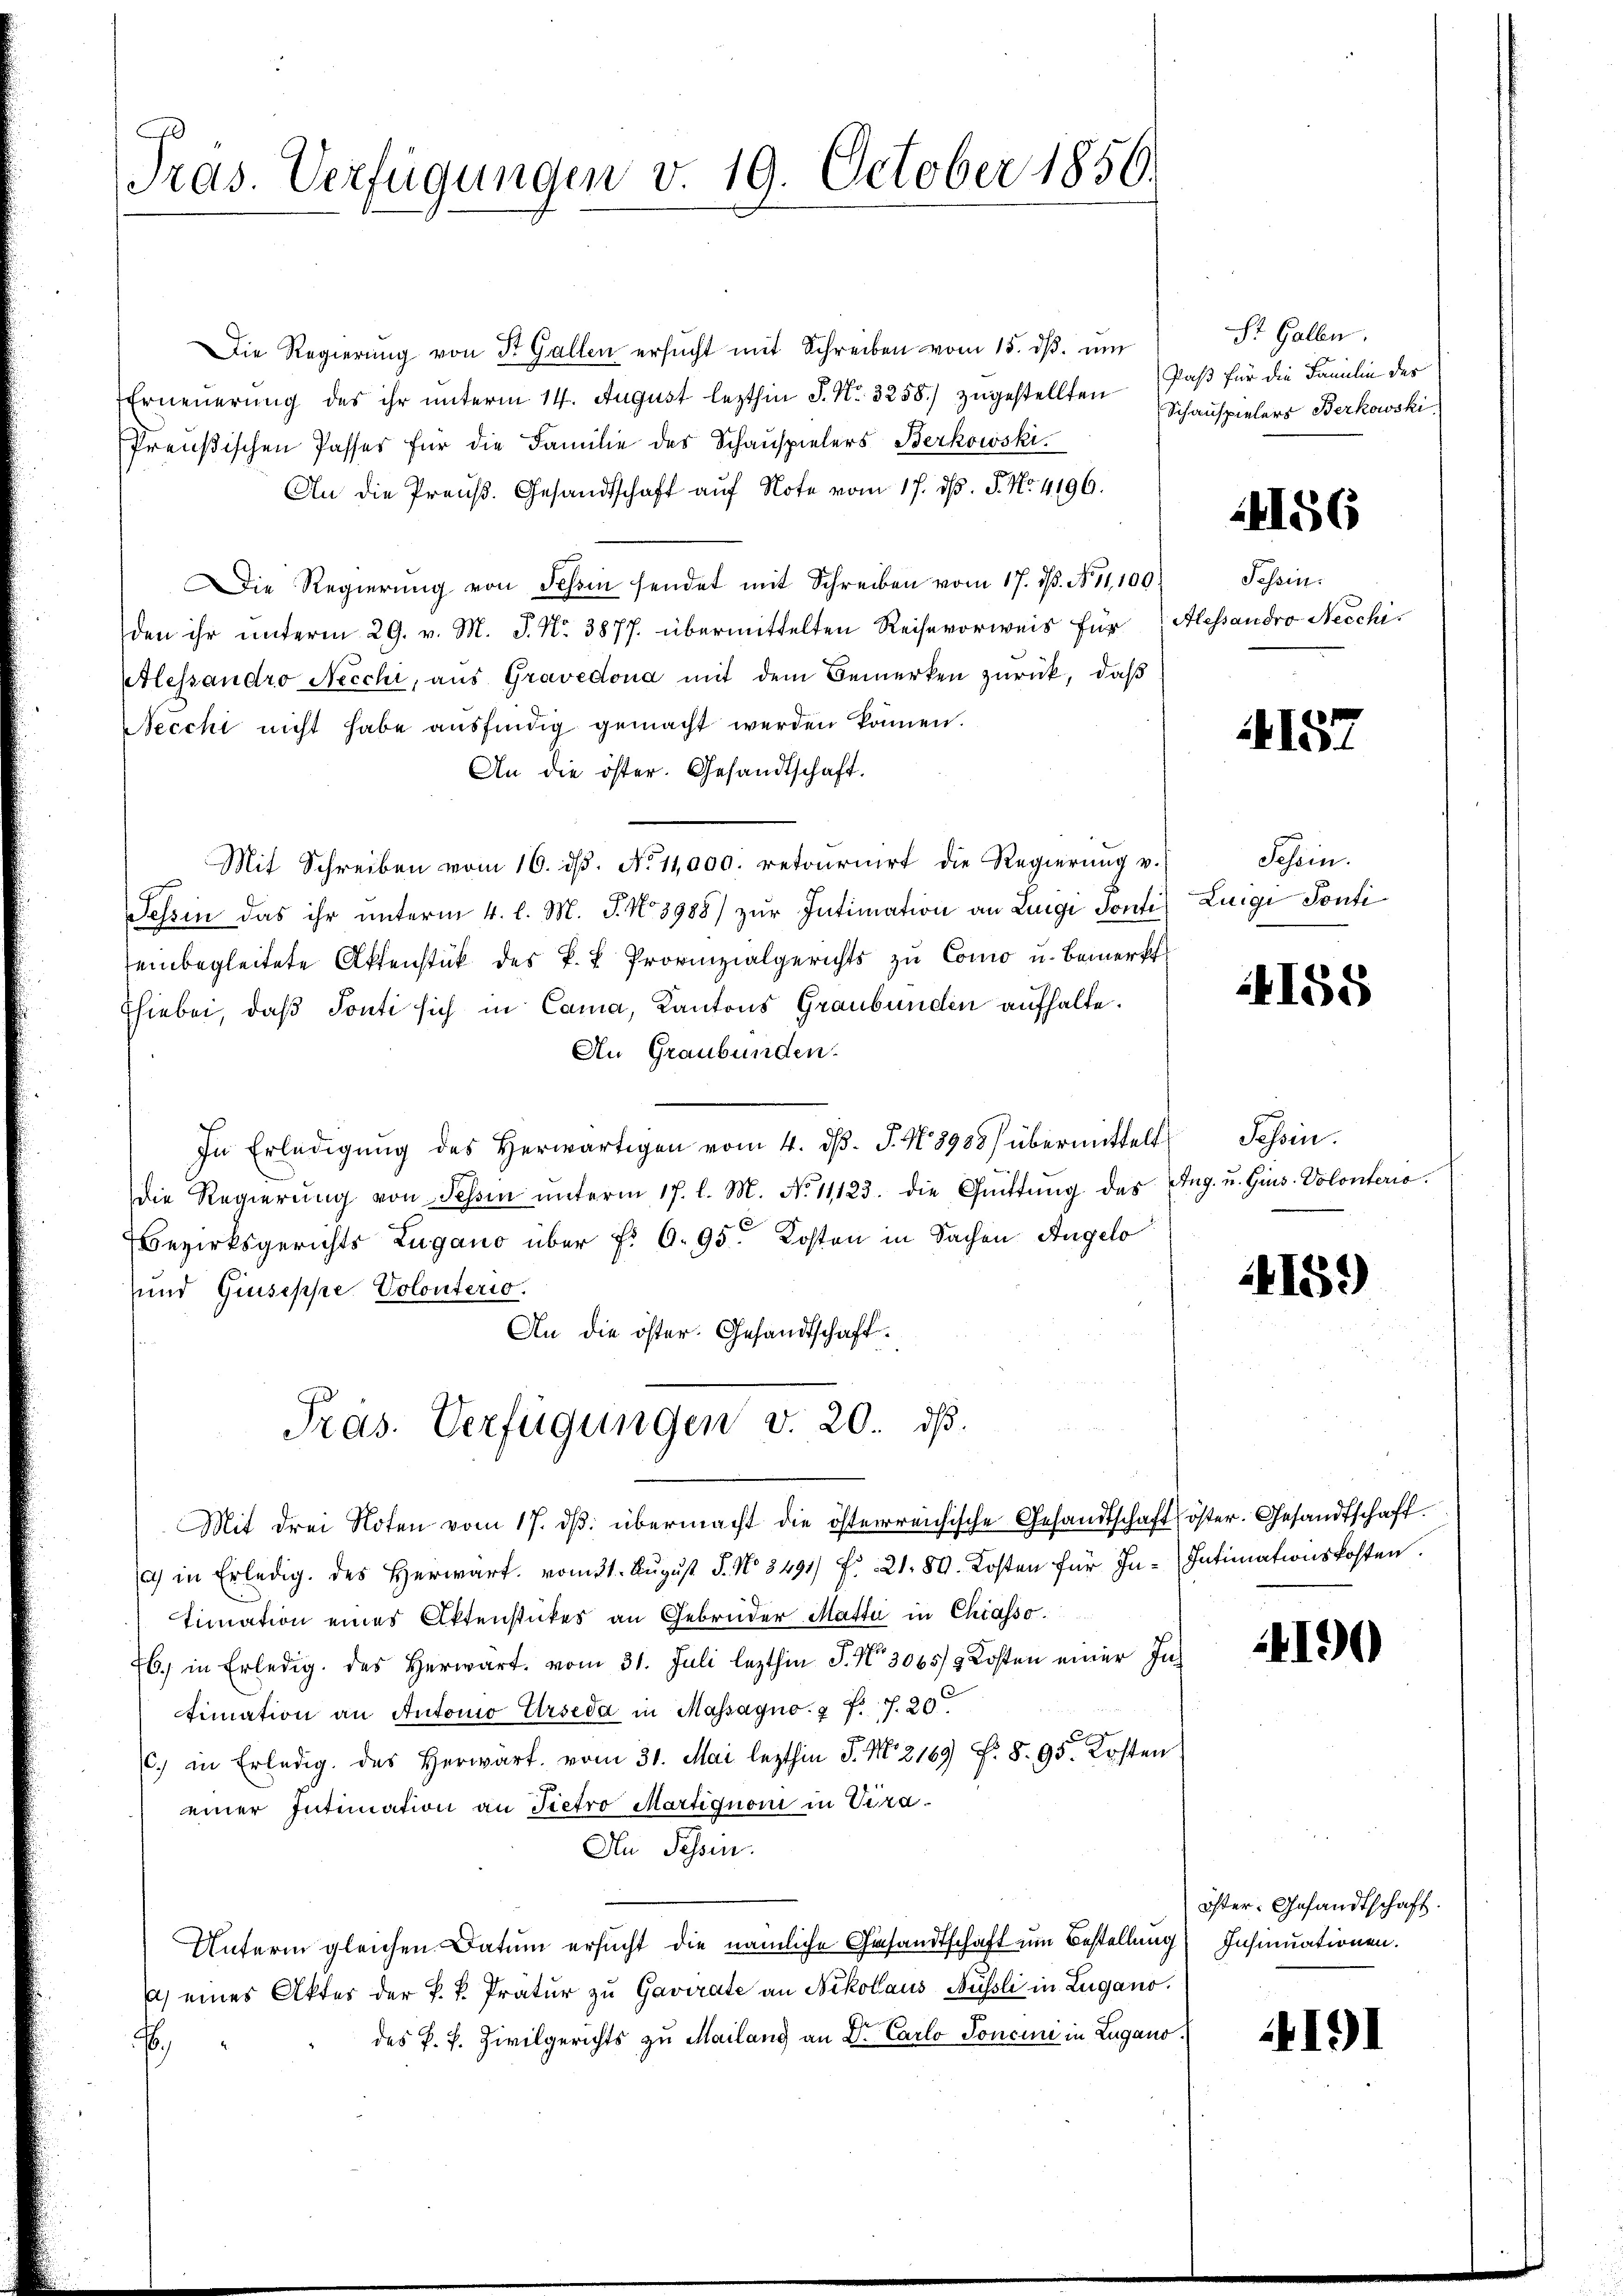
Tras. Verfügungen v. 19. October 1856.

Die Regierŭng von St. Gallen ersŭcht mit Schreiben vom 15. dβ. ŭm
Erneuerung des ihr unterm 14. August lezthin S. Nr. 3258.) zugestellten
Preußischen Passes für die Familie des Schauspielers Berkowski.
An die Preuß. Gesandtschaft auf Note vom 17. d. J. No. 4196.
ie Regierung von Schin sendet mit Schreiben vom 17. ds. No 11,100.
den ihr unterm 29. v. M. J. No. 3877. übermittelten Reise vorweis für Alessandro Necchi,
Etlessandro Necchi, aus Gravedona mit dem Bemerken zurück, daß
Necchi nicht habe ausfindig gemacht werden können.
An die öster. Gesandtschaft.
Mit Schreiben vom 16. dβ. No 11,000. retournirt die Regierŭng v.
Tessin das ihr unterm 4. l. M. J. No 3988) zur Intimation an Luigi Ponti
einbegleitete Aktenstück des k. k. Provinzialgerichts zu Como u. Bemerkt
Ehiebei, daß Ponti sich in Cama, Kantons Graubünden aufhalte.
An Graubünden.
d
In Erledigung des Herwärtigen vom 4. dβ. J. N. 8988) übermittelt Schin
die Regierŭng von Tessin ŭnterm 17. l. M. No. 11123. die Gŭittŭng des Aug. u. Gins. Volonterio.
Bezirksgerichts Lugano über f. 6. 95. Kosten in Sachen Angelo
und Giuseppe Volonterio.
An die öster. Gesandtschaft.
Präs. Verfügungen v. 20. ds.
Mit drei Noten vom 17. dβ übermacht die österreichische Gesandtschaft öster. Gesandtschaft.
1) in Erledig des Herwart vom 31. August S. No. 8491 f. 21. 80. Kosten für In- Intimationskosten.
timation eines Aktenstückes an Gebrüder Matta in Chiasso
46. in Erledig des Herwart vom 31. Juli lezthin J. No 3065/3 Kosten einer Intimation an Automo Urseda in Massagno. 4 f. f. 20
c. in Erledig. des Herwart vom 31. Mai lezthin J. M. 2169 f. 8. 95. Kosten
einer Intimation an Tiefro Martiquoni in Vera¬
An Tessin.
Unterm gleichen Datum ersucht die nämliche Gesandtschaft um Bestellung Insinuationen.
) eines Aktes der P. R. Pratur zu Gavirate an Nikolaus Nüssli in Lugano.
des P. V. Civilgerichts zu Mailang an Dr. Carlo Toncini in Zugano.
f

St. Gallen.
Paß für die Familie des
Schauspielers Berkowski

4156

Tessin.

157

Schein.
Luigi Sonti

24158

415.)

4190

öster: Gesandtschaft.

191